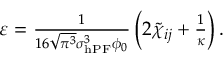
\begin{array} { r } { \varepsilon = \frac { 1 } { 1 6 \sqrt { \pi ^ { 3 } } \sigma _ { \mathrm { h P F } } ^ { 3 } \phi _ { 0 } } \left( 2 \tilde { \chi } _ { i j } + \frac { 1 } { \kappa } \right) . } \end{array}